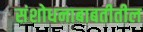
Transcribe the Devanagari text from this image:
संशोधनाबाबतीतील